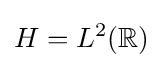
H=L^{2}(\mathbb {R} )